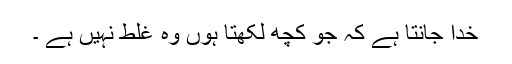
خدا جانتا ہے کہ جو کچھ لکھتا ہوں وہ غلط نہیں ہے ۔